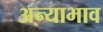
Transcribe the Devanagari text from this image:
अन्याभाव